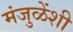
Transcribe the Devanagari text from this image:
मंजुळेंशी